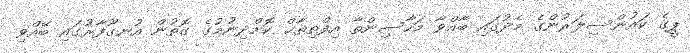
ޕީގެ ކައުންސިލަރުންގެ މެދުގައި ބާއްވާ މަހާސިންތާ އިފްތިތާޙް ކޮށްދިނުމުގެ ގޮތުން އުނގޫފާރުގައި ބޭއްވި